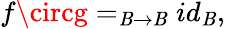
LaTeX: f\circg=_{\mathit{B}\rightarrow\mathit{B}}id_{\mathit{B}},